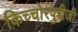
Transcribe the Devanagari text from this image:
किच्चोरपुरीजी